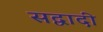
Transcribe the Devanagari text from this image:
सद्वादी